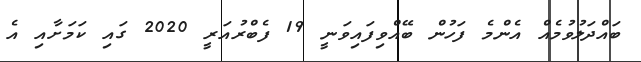
ބައްދަލުވުމެއް އެންމެ ފަހުން ބޭއްވިފައިވަނީ 19 ފެބްރުއަރީ 2020 ގައި ކަމަށާއި އެ